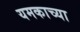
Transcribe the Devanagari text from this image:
यमकाच्या